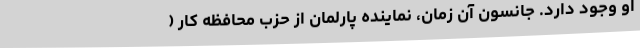
او وجود دارد. جانسون آن زمان، نماینده پارلمان از حزب محافظه کار (